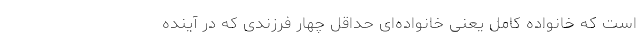
است که خانواده کامل یعنی خانواده‌ای حداقل چهار فرزندی که در آینده